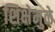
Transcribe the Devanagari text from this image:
शिक्षेमुळे